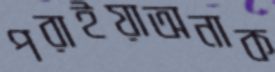
পরাইয়াঅনাক